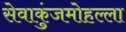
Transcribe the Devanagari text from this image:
सेवाकुंजमोहल्ला